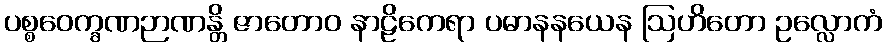
ပစ္စဝေက္ခဏဉာဏန္တိ ဇာတောဝ နာဠိကေရာ ပဓာနနယေန ဩဟိတော ဥလ္လောကံ